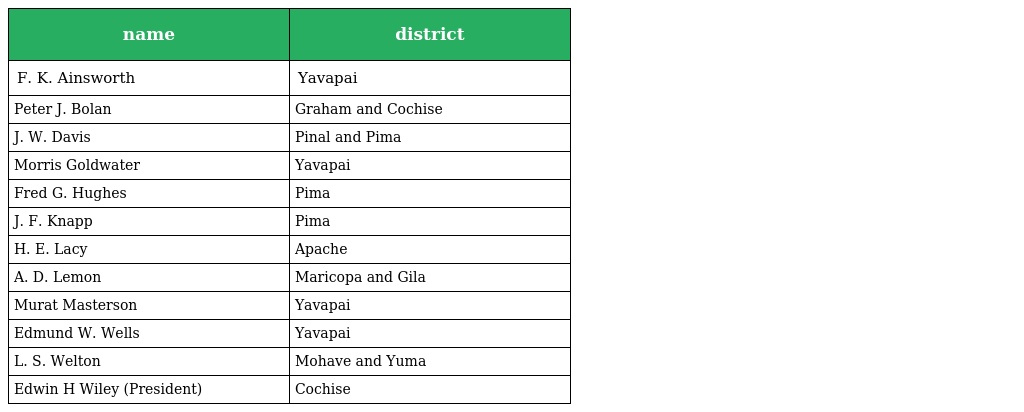
| name | district |
 | --- | --- |
 | F. K. Ainsworth | Yavapai |
 | Peter J. Bolan | Graham and Cochise |
 | J. W. Davis | Pinal and Pima |
 | Morris Goldwater | Yavapai |
 | Fred G. Hughes | Pima |
 | J. F. Knapp | Pima |
 | H. E. Lacy | Apache |
 | A. D. Lemon | Maricopa and Gila |
 | Murat Masterson | Yavapai |
 | Edmund W. Wells | Yavapai |
 | L. S. Welton | Mohave and Yuma |
 | Edwin H Wiley (President) | Cochise |